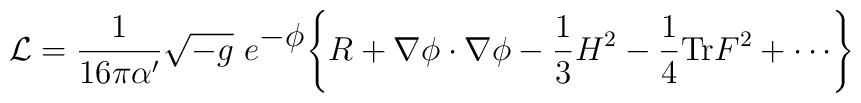
{\cal L}=\frac{1}{16 \pi\alpha'} \sqrt{-g}\ e^{\hbox{$-\phi$}}\Biggl\{R+\nabla\phi\cdot\nabla\phi-{1\over 3} H^2-\frac{1}{4 } {\rm Tr}F^2+\cdots\Biggr\}